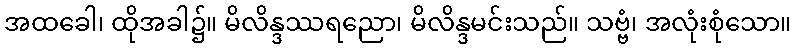
အထခေါ၊ ထိုအခါ၌။ မိလိန္ဒဿရညော၊ မိလိန္ဒမင်းသည်။ သဗ္ဗံ၊ အလုံးစုံသော။